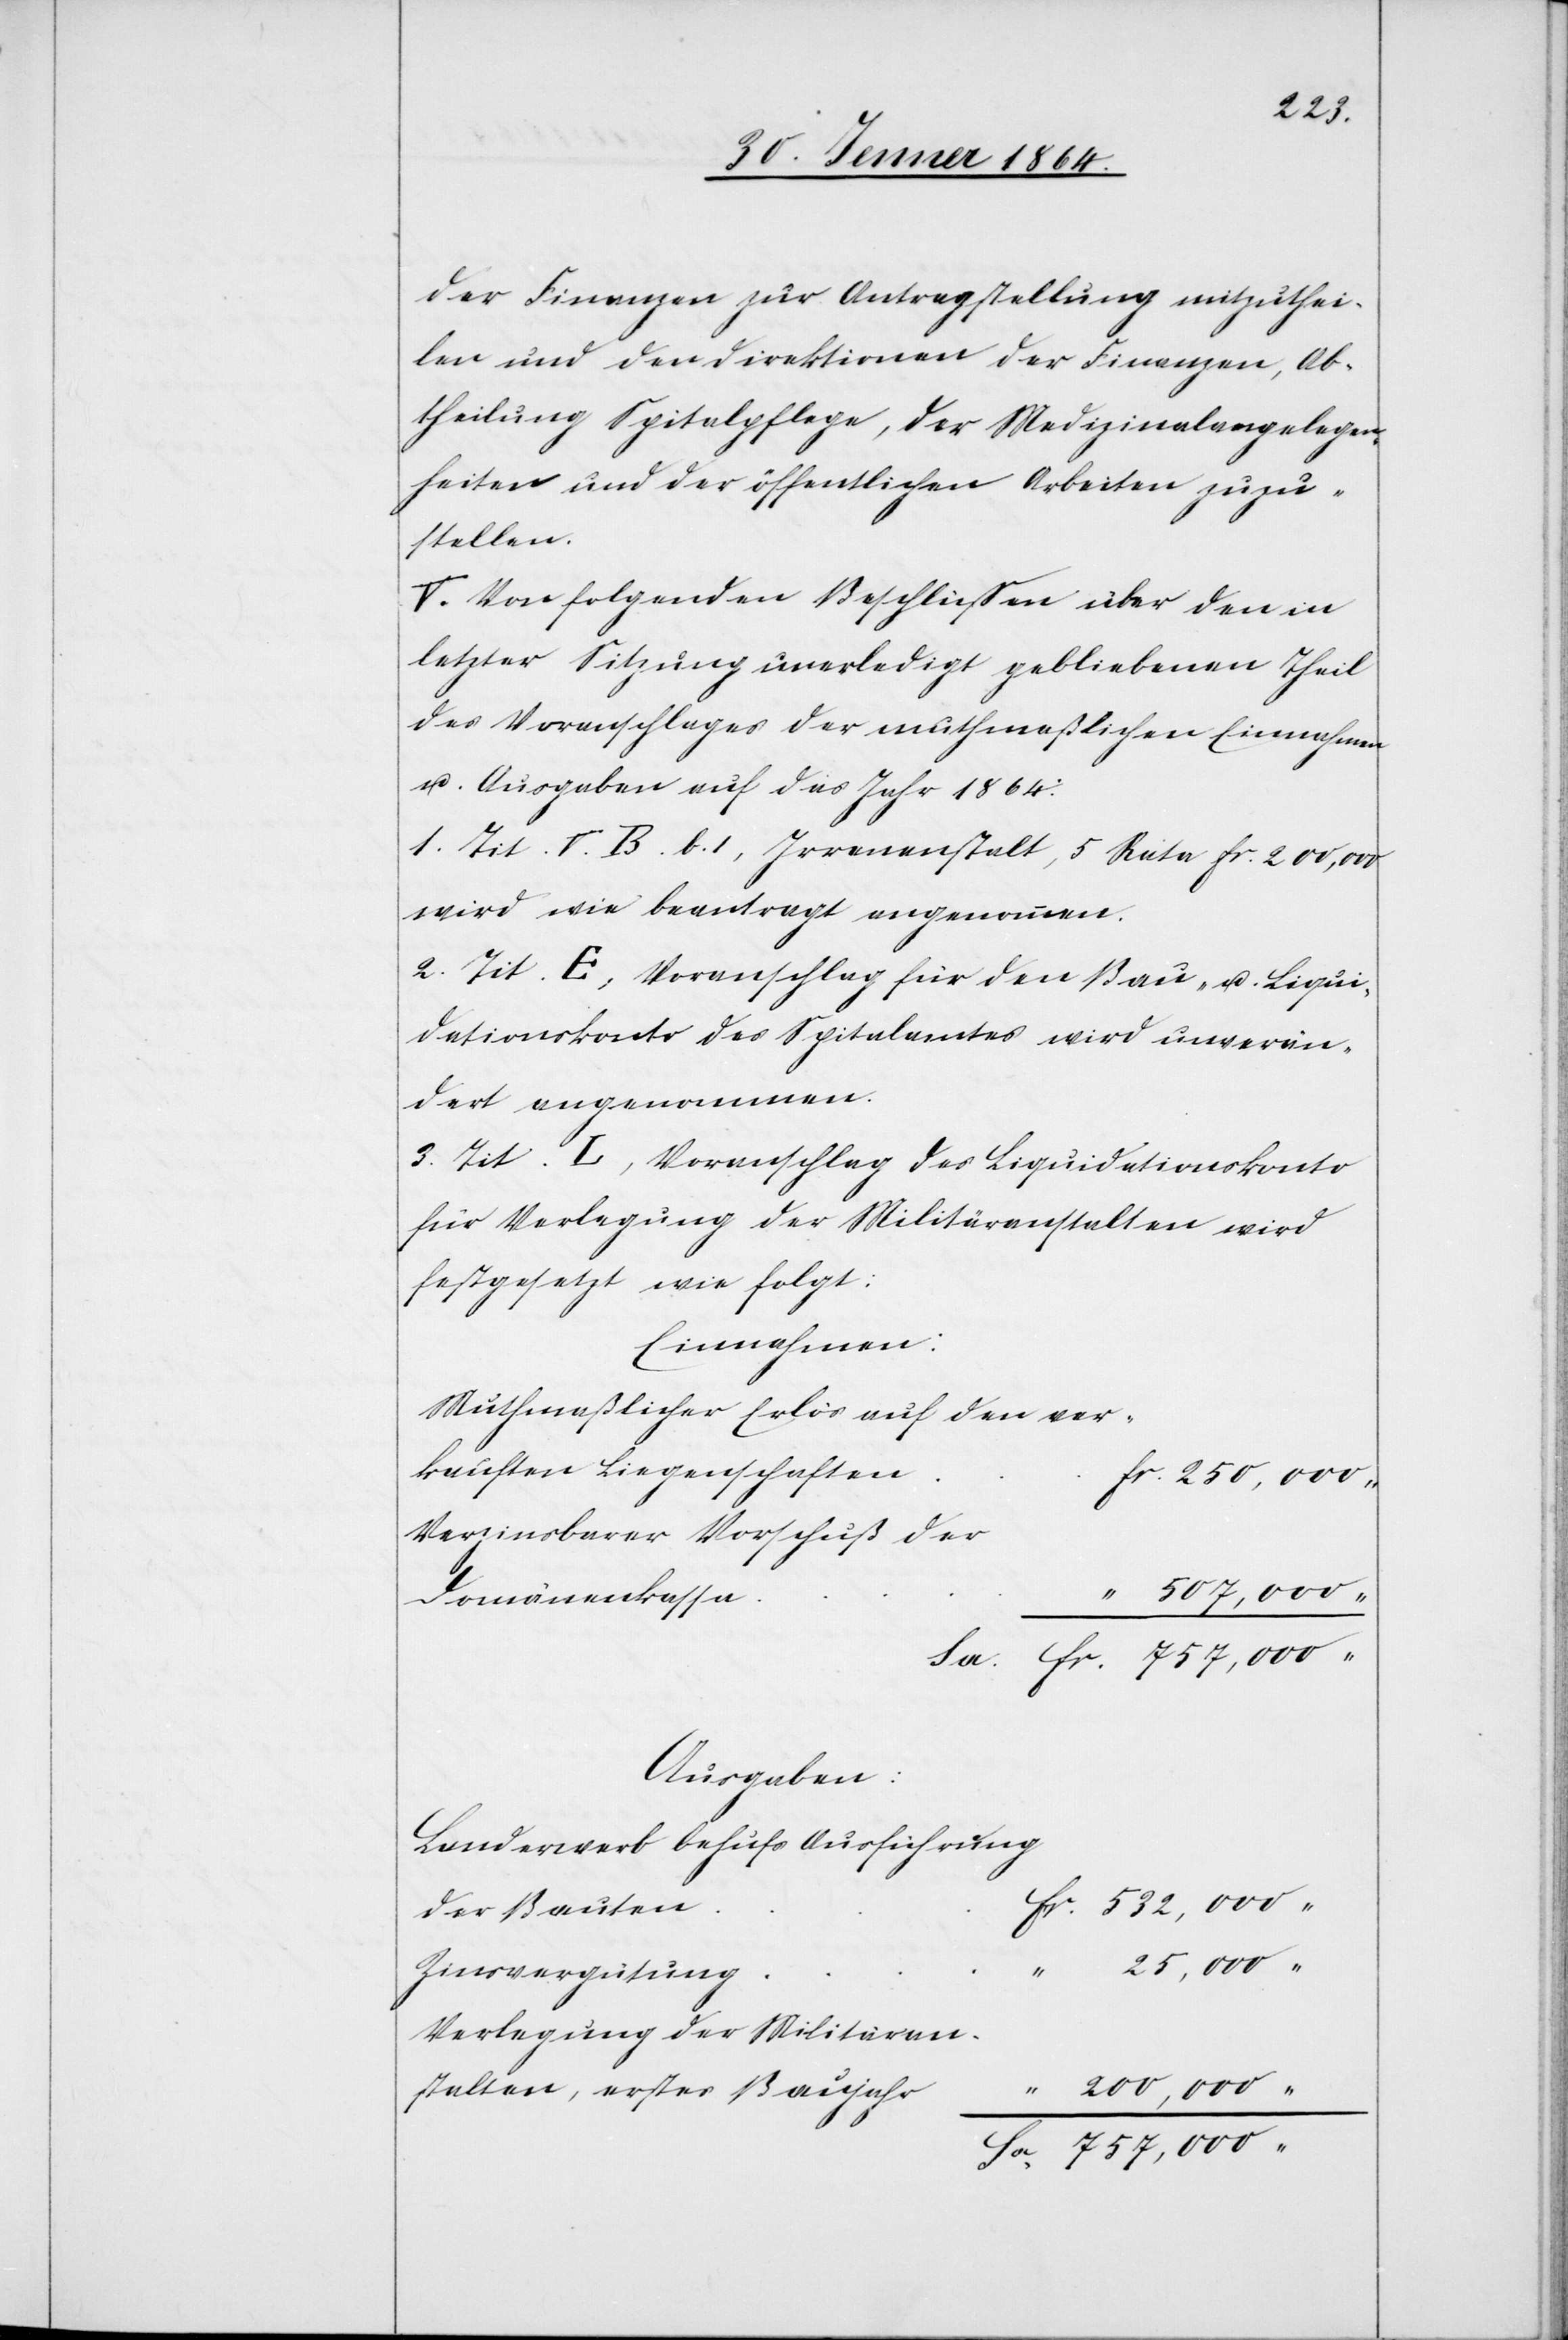
n			fr.
der Finanzen zur Antragstellung mitzuthei¬
len und den Direktionen der Finanzen, Ab¬
theilung Spitalpflege, der Medizinalangelegen¬
heiten und der öffentlichen Arbeiten zuzu¬
stalten,
V. Von folgenden Beschlüssen über den in
letzter Sitzung unerledigt gebliebenen Theil
des Voranschlages der muthmaßlichen Einnahmen
u. Ausgaben auf das Jahr 1864:
1. Tit. V. B. b. 1, Irrenanstalt, 5 Rate fr. 200,000
wird wie beantragt angenommen.
2. Tit. E, Voranschlag für den Bau u. Liqui¬
dationskonto des Spitalamtes wird unverän¬
dert angenommen.
3. Tit. L, Voranschlag des Liquidationskonto
für Verlegung der Militäranstalten wird
festgesetzt wie folgt:
Einnahmen:
Muthmaßlicher Erlös auf den ver¬
kauften Liegenschafte¬
Verzinsbarer Vorschuß der
Ausgaben:
Landerwerb behufs Ausführung
Verlagerung der Militäran¬
Sa 757,000